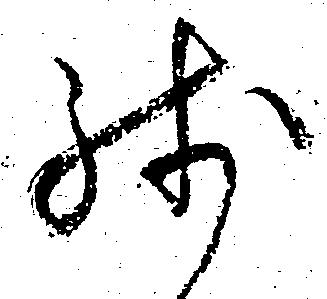
然